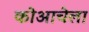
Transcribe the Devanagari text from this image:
कोआचेला